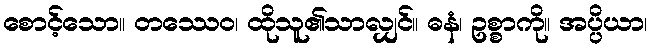
စောင့်သော။ တဿေဝ၊ ထိုသူ၏သာလျှင်။ ဓနံ၊ ဥစ္စာကို။ အပ္ပိယာ၊